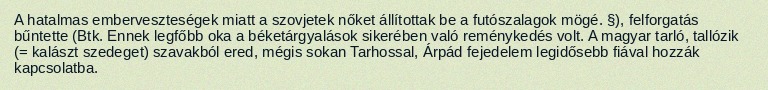
A hatalmas emberveszteségek miatt a szovjetek nőket állítottak be a futószalagok mögé. §), felforgatás bűntette (Btk. Ennek legfőbb oka a béketárgyalások sikerében való reménykedés volt. A magyar tarló, tallózik (= kalászt szedeget) szavakból ered, mégis sokan Tarhossal, Árpád fejedelem legidősebb fiával hozzák kapcsolatba.